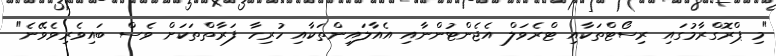
"މި ޕްރޮގްރާމުގައި ރިސޯޓްތަކާއި ޓްރެވަލް އެޖެންޓުންނާއި އެއާލައިންތަކާއި ހުރިހާ ފަރާތްތަކަށް ވެސް ބައިވެރިވެވޭނެ"